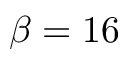
\beta = 1 6